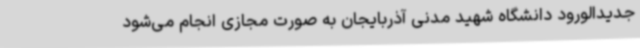
جدیدالورود دانشگاه شهید مدنی آذربایجان به صورت مجازی انجام می‌شود